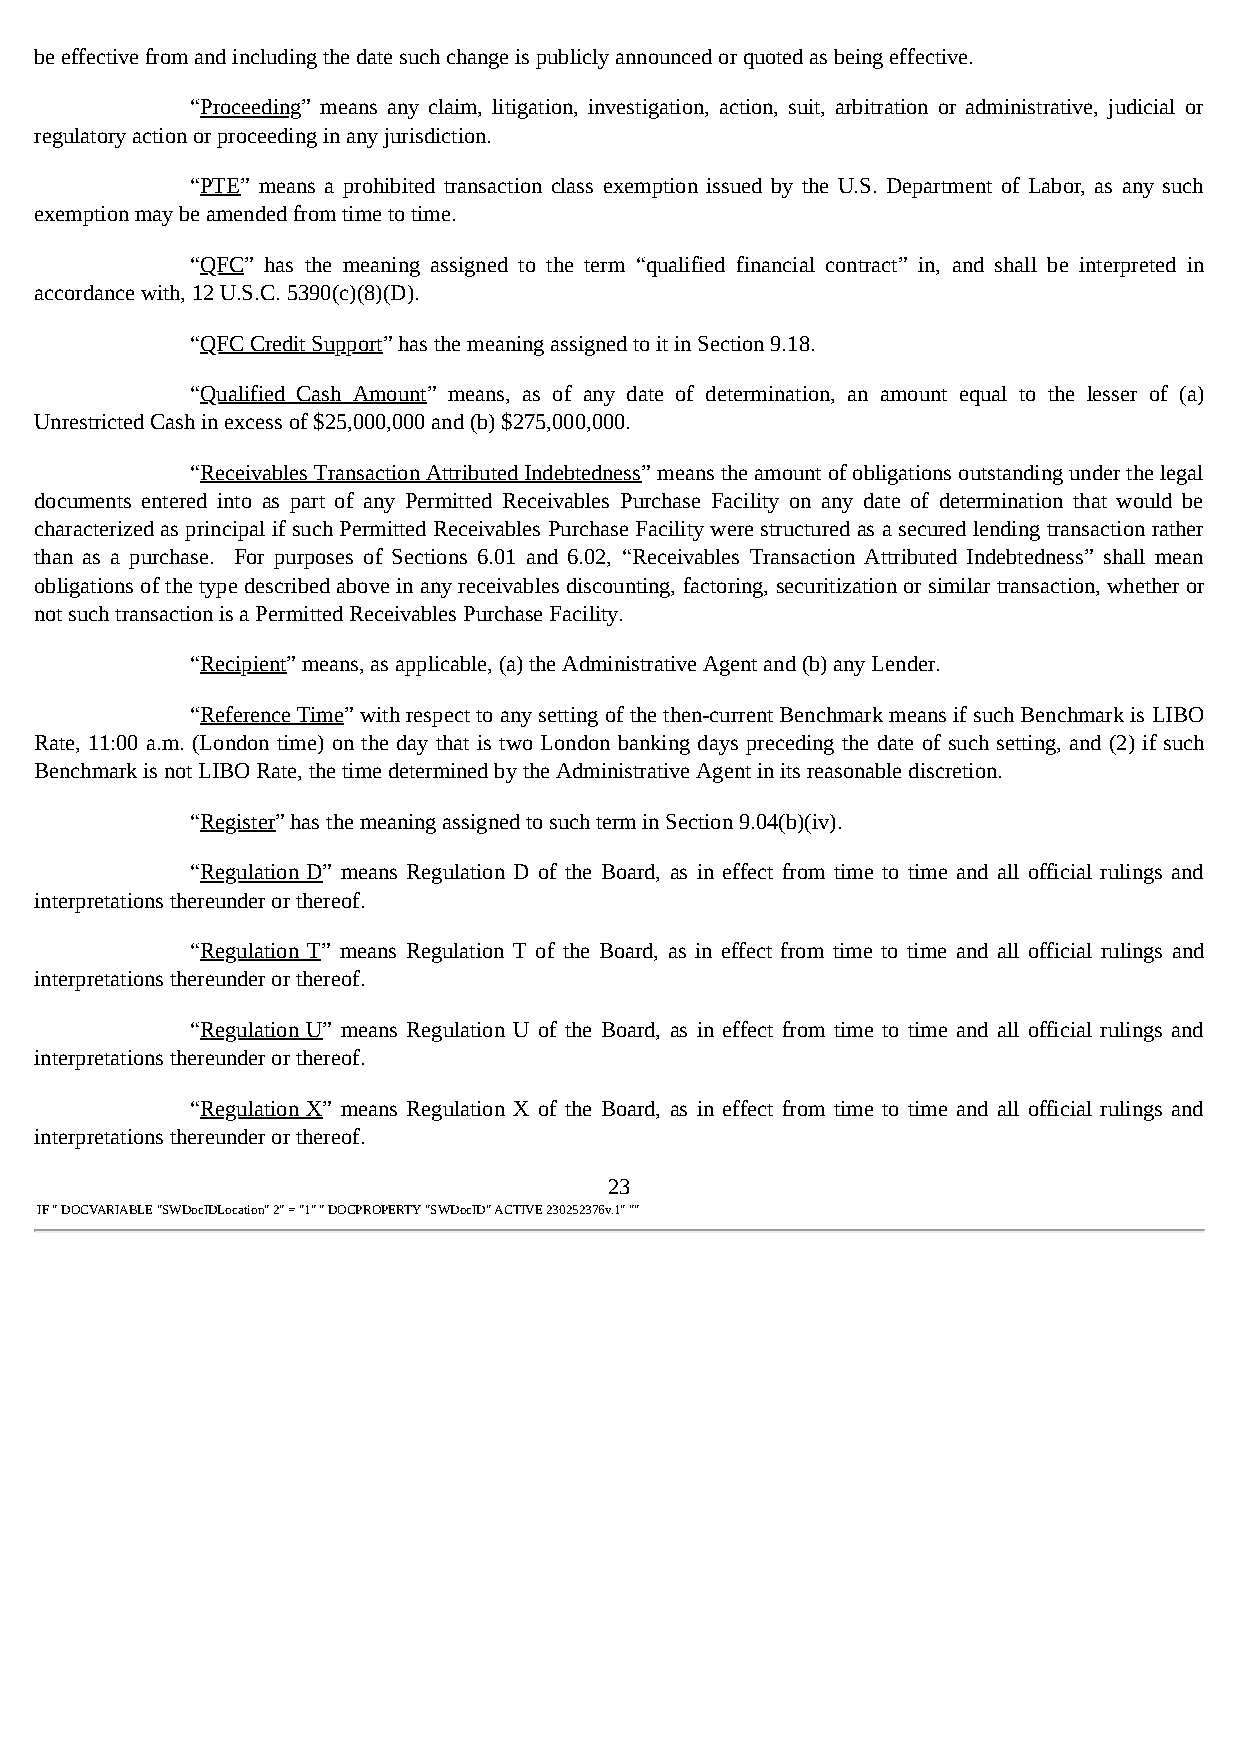
be effective from and including the date such change is publicly announced or quoted as being effective.
 “Proceeding” means any claim, litigation, investigation, action, suit, arbitration or administrative, judicial or
 regulatory action or proceeding in any jurisdiction.
 “PTE” means a prohibited transaction class exemption issued by the U.S. Department of Labor, as any such
 exemption may be amended from time to time.
 “QFC” has the meaning assigned to the term “qualified financial contract” in, and shall be interpreted in
 accordance with, 12 U.S.C. 5390(c)(8)(D).
 “QFC Credit Support” has the meaning assigned to it in Section 9.18.
 “Qualified Cash Amount” means, as of any date of determination, an amount equal to the lesser of (a)
 Unrestricted Cash in excess of $25,000,000 and (b) $275,000,000.
 “Receivables Transaction Attributed Indebtedness” means the amount of obligations outstanding under the legal
 documents entered into as part of any Permitted Receivables Purchase Facility on any date of determination that would be
 characterized as principal if such Permitted Receivables Purchase Facility were structured as a secured lending transaction rather
 than as a purchase. For purposes of Sections 6.01 and 6.02, “Receivables Transaction Attributed Indebtedness” shall mean
 obligations of the type described above in any receivables discounting, factoring, securitization or similar transaction, whether or
 not such transaction is a Permitted Receivables Purchase Facility.
 “Recipient” means, as applicable, (a) the Administrative Agent and (b) any Lender.
 “Reference Time” with respect to any setting of the then-current Benchmark means if such Benchmark is LIBO
 Rate, 11:00 a.m. (London time) on the day that is two London banking days preceding the date of such setting, and (2) if such
 Benchmark is not LIBO Rate, the time determined by the Administrative Agent in its reasonable discretion.
 “Register” has the meaning assigned to such term in Section 9.04(b)(iv).
 “Regulation D” means Regulation D of the Board, as in effect from time to time and all official rulings and
 interpretations thereunder or thereof.
 “Regulation T” means Regulation T of the Board, as in effect from time to time and all official rulings and
 interpretations thereunder or thereof.
 “Regulation U” means Regulation U of the Board, as in effect from time to time and all official rulings and
 interpretations thereunder or thereof.
 “Regulation X” means Regulation X of the Board, as in effect from time to time and all official rulings and
 interpretations thereunder or thereof.
 23
 IF " DOCVARIABLE "SWDocIDLocation" 2" = "1" " DOCPROPERTY "SWDocID" ACTIVE 230252376v.1" ""